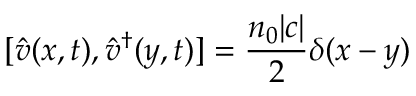
[ \hat { v } ( x , t ) , \hat { v } ^ { \dagger } ( y , t ) ] = \frac { n _ { 0 } | c | } { 2 } \delta ( x - y )